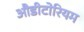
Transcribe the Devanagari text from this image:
औडीटोरियम